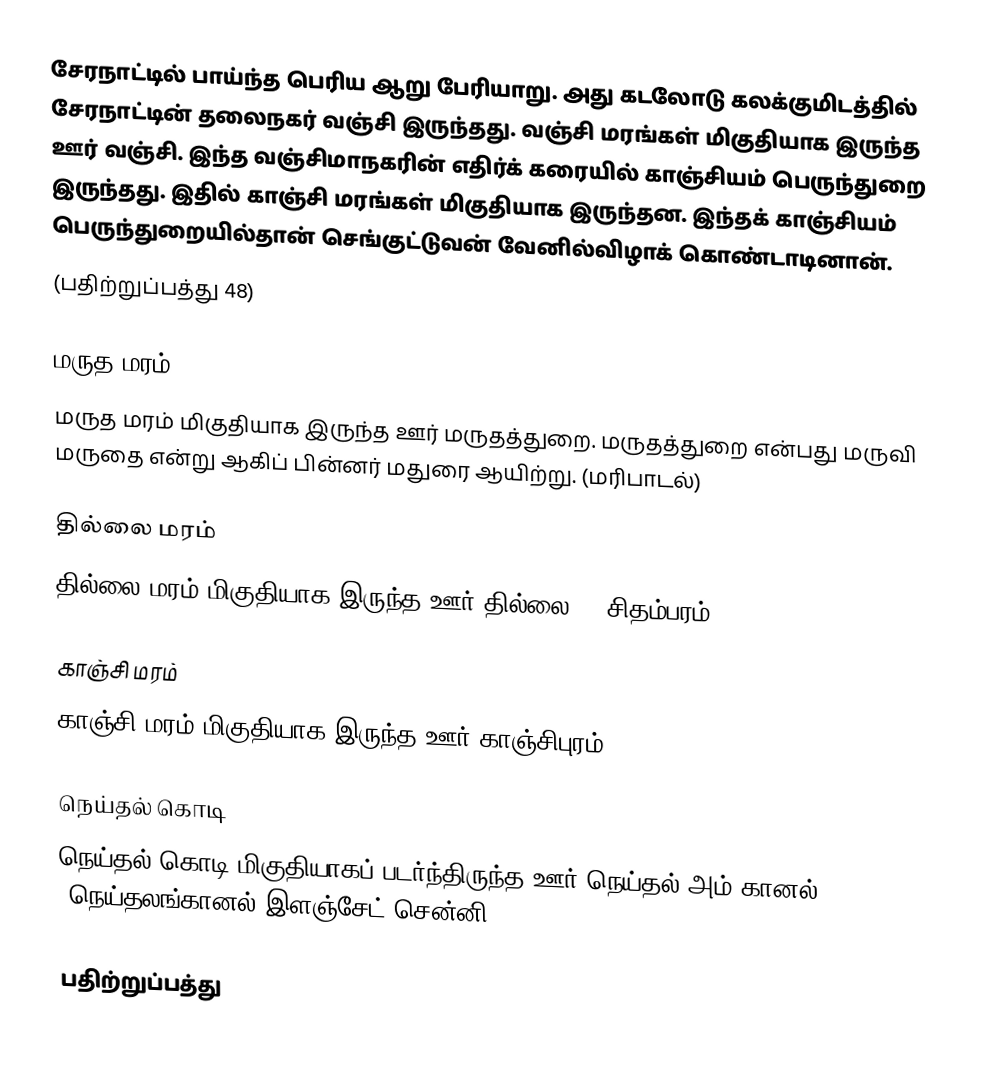
சேரநாட்டில் பாய்ந்த பெரிய ஆறு பேரியாறு. அது கடலோடு கலக்குமிடத்தில் சேரநாட்டின் தலைநகர் வஞ்சி இருந்தது. வஞ்சி மரங்கள் மிகுதியாக இருந்த ஊர் வஞ்சி. இந்த வஞ்சிமாநகரின்  எதிர்க் கரையில் காஞ்சியம் பெருந்துறை இருந்தது. இதில் காஞ்சி மரங்கள் மிகுதியாக இருந்தன. இந்தக் காஞ்சியம் பெருந்துறையில்தான் செங்குட்டுவன் வேனில்விழாக் கொண்டாடினான்.
(பதிற்றுப்பத்து 48)

மருத மரம்
மருத மரம் மிகுதியாக இருந்த ஊர் மருதத்துறை. மருதத்துறை என்பது மருவி மருதை என்று ஆகிப் பின்னர் மதுரை ஆயிற்று. (மரிபாடல்)

தில்லை மரம்
தில்லை மரம் மிகுதியாக இருந்த ஊர் தில்லை. (=சிதம்பரம்)

காஞ்சி மரம்
காஞ்சி மரம் மிகுதியாக இருந்த ஊர் காஞ்சிபுரம்.

நெய்தல் கொடி
நெய்தல் கொடி மிகுதியாகப் படர்ந்திருந்த ஊர் நெய்தல் அம் கானல் (நெய்தலங்கானல் இளஞ்சேட் சென்னி)

பதிற்றுப்பத்து